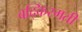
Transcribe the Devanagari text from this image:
बद्किस्मती